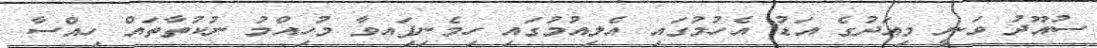
ސުއޫދު ވަނީ މިއަދުގެ އަޑު އެހުމުގައި އެލިއުމުގައި ހިމެނިފަިއވާ މުހިއްމު ނުކުތާތައް ހިއްސާ